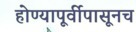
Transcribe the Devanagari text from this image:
होण्यापूर्वीपासूनच